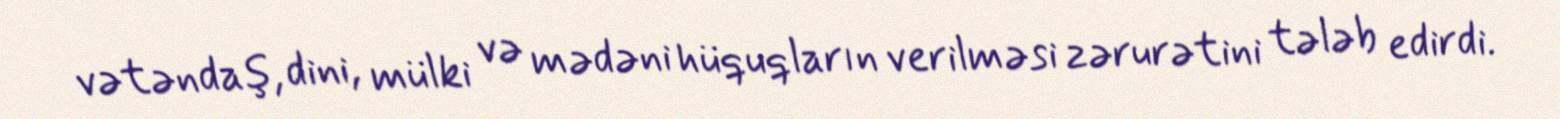
vətəndaş, dini, mülki və mədəni hüquqların verilməsi zərurətini tələb edirdi.